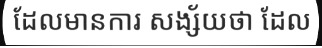
ដែលមានការ សង្ស័យថា ដែល